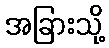
အခြားသို့